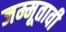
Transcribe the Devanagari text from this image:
जम्मूतावी